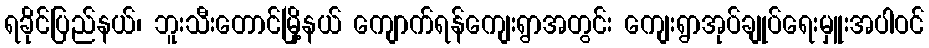
ရခိုင်ပြည်နယ်၊ ဘူးသီးတောင်မြို့နယ် ကျောက်ရန်ကျေးရွာအတွင်း ကျေးရွာအုပ်ချုပ်ရေးမှူးအပါဝင်